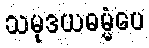
သမုဒယဓမ္မံပေ